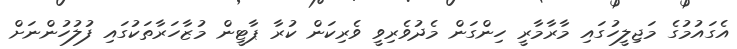
އެގައުމުގެ މަޖިލީހުގައި މާރާމާރީ ހިންގަން މެދުވެރިވީ ވެރިކަން ކުރާ ޕާޓީން މުޒާހަރާތަކުގައި ފުލުހުންނަށް